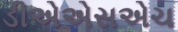
ડીએએસએચ